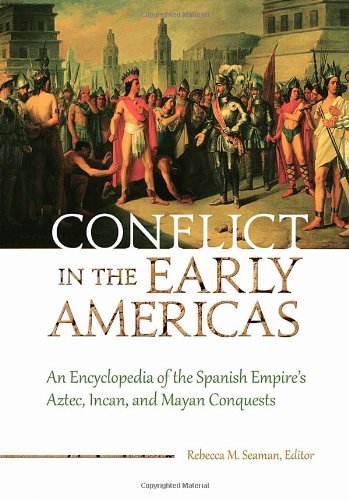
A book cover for Conflict in the Early Americas: An Encyclopedia of the Spanish Empire's Aztec, Incan, and Mayan Conquests; History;